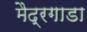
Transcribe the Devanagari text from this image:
मैद्रगाडा